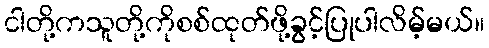
ငါတို့ကသူတို့ကိုစစ်ထုတ်ဖို့ခွင့်ပြုပါလိမ့်မယ်။